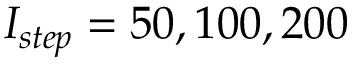
I _ { s t e p } = 5 0 , 1 0 0 , 2 0 0